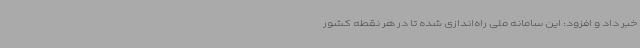
خبر داد و افزود: این سامانه ملی راه‌اندازی شده تا در هر نقطه کشور